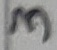
Text: 3